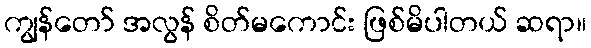
ကျွန်တော် အလွန် စိတ်မကောင်း ဖြစ်မိပါတယ် ဆရာ။